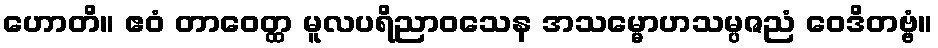
ဟောတိ။ ဧဝံ တာဝေတ္ထ မူလပရိညာဝသေန အသမ္မောဟသမ္ပဇညံ ဝေဒိတဗ္ဗံ။